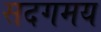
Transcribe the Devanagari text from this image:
सदगमय